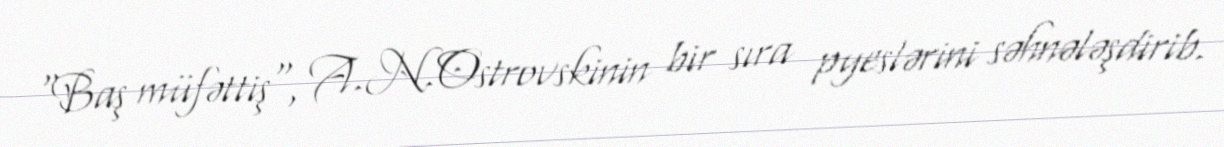
"Baş müfəttiş", A.N.Ostrovskinin bir sıra pyeslərini səhnələşdirib.